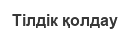
Тілдік қолдау